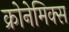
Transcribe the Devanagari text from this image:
क्रोनेमिक्स